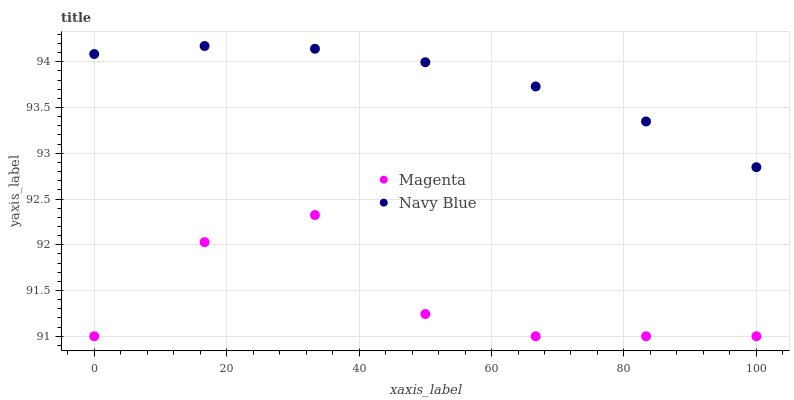
| xaxis_label | Magenta | Navy Blue |
 | --- | --- | --- |
 | 0 | 91 | 94.1 |
 | 16.7 | 92 | 94.2 |
 | 33.3 | 92.3 | 94.1 |
 | 50 | 91.2 | 94 |
 | 66.7 | 91 | 93.7 |
 | 83.3 | 91 | 93.3 |
 | 100 | 91 | 92.8 |